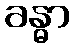
ခန္ဓာ